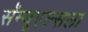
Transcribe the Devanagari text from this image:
सॅम्यूएल्सला